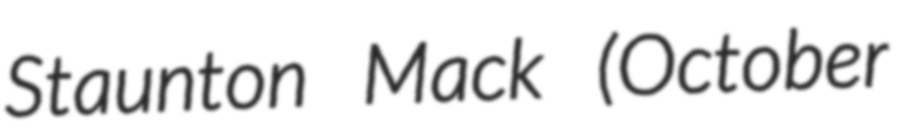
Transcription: Staunton Mack (October